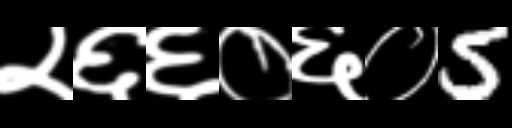
Text: २६६०६०5